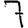
Digit: 7